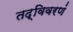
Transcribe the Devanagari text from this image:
तद्विवरणं